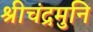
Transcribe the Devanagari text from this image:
श्रीचंद्रमुनि